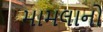
મામલાનો